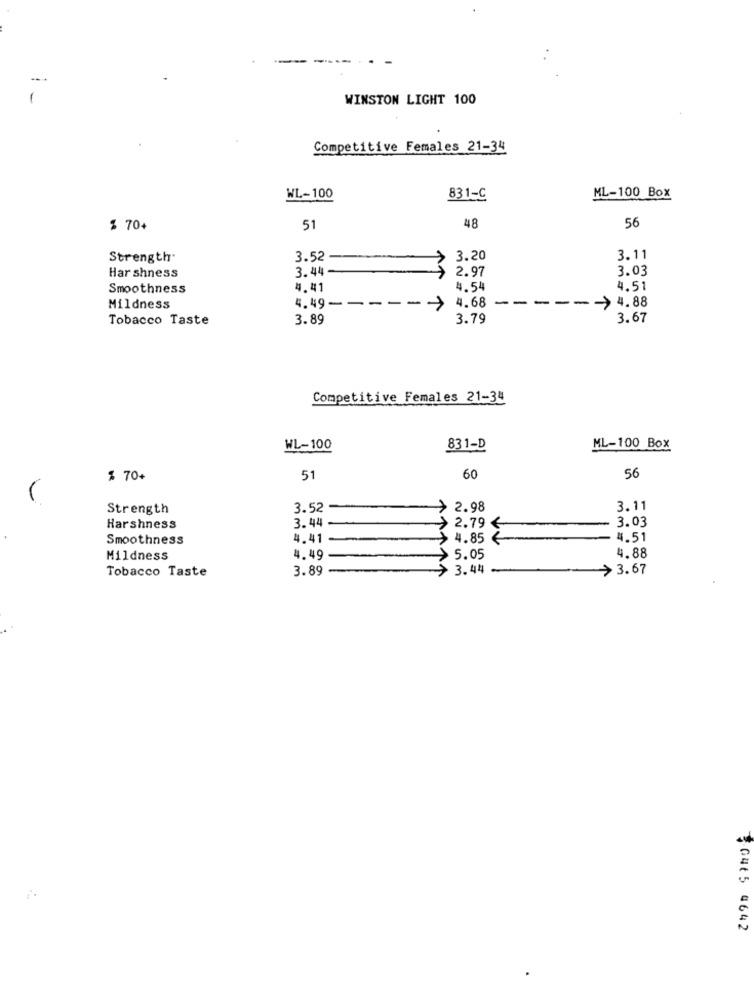
-
WINSTON LIGHT 100
Competitive Females 21-34
WL-100
831-C
ML-100 Box
48
% 70+
51
56
Strength.
3.52
3.20
3.11
3.44
2.97
3.03
Har shness
Smoothness
4.41
4.54
4.51
4.49 ---
---
4.68
--
-
> 4.88
Mildness
Tobacco Taste
3.89
3.79
3.67
Competitive Females 21-34
WL-100
831-D
ML-100 Box
$ 70+
51
60
56
Strength
3.52
7
2.98
3.11
3.44
3.03
Harshness
2.79 €
Smoothness
4.41
4.85 €
4.51
4.88
Mildness
4.49
5.05
Tobacco Taste
3.89
3.44
> 3.67
50465 4642